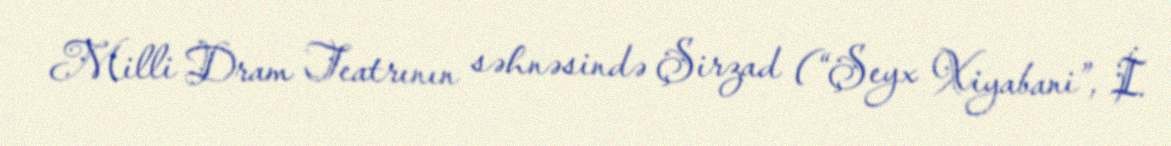
Milli Dram Teatrının səhnəsində Şirzad (“Şeyx Xiyabani”, İ.